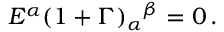
E ^ { \alpha } ( 1 + \Gamma ) _ { \alpha } { } ^ { \beta } = 0 \, .